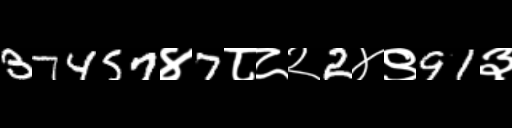
Text: 37457४7८८२2४९91३